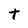
Character: T